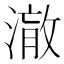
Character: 𭲋